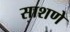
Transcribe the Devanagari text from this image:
साशणे